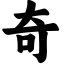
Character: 奇